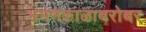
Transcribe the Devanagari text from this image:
भ्रमणकाळाबरोबर